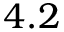
4 . 2